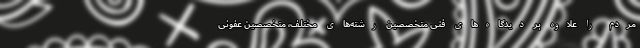
مردم را علاوه بر دیدگاه‌های فنی متخصصین رشته‌های مختلف، متخصصین عفونی